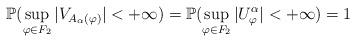
LaTeX: \begin{align*}\mathbb{P}(\sup_{\varphi\in F_2}|V_{A_{\alpha}(\varphi)}| < + \infty) = \mathbb{P}(\sup_{\varphi\in F_2}|U_{\varphi}^{\alpha}| < + \infty) = 1\end{align*}